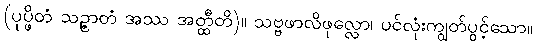
(ပုပ္ဖိတံ သဉ္ဇာတံ အဿ အတ္ထီတိ)။ သဗ္ဗဖာလိဖုလ္လော၊ ပင်လုံးကျွတ်ပွင့်သော။